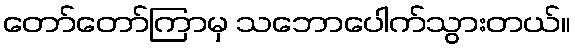
တော်တော်ကြာမှ သဘောပေါက်သွားတယ်။